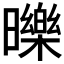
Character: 𣋵